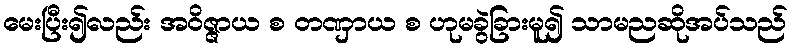
မေးပြီး၍လည်း အဝိဇ္ဇာယ စ တဏှာယ စ ဟုမခွဲခြားမူ၍ သာမညဆိုအပ်သည်